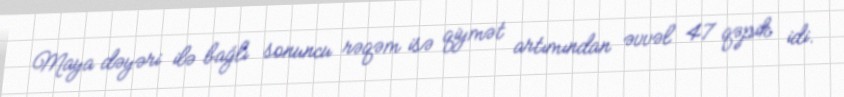
Maya dəyəri ilə bağlı sonuncu rəqəm isə qiymət artımından əvvəl 47 qəpik idi.